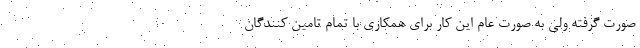
صورت گرفته ولی به صورت عام این کار برای همکاری با تمام تامین کنندگان